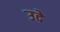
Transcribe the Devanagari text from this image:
उदे